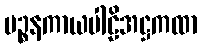
ပဉ္စနကာယပါဠိအဋ္ဌကထာ